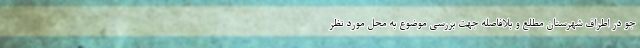
جو در اطراف شهرستان مطلع و بلافاصله جهت بررسی موضوع به محل مورد نظر